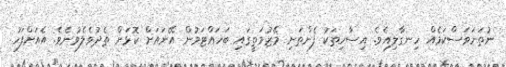
ނުތަނަވަސްކަމެއް ހިނގާލިއެވެ. އިސާހިތަކު ފެންތަށި މޭޒުމަތީގައި ބަހައްޓަމުން އޭނައަށް ކޮޅަށް ތެދުވެލެވުނެވެ. އެއަށްފަހު